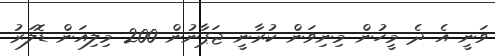
ވަނީ އެ ދެ މީހުން މިނިވަން ކުރާނީ ޖަޕާނުން 200 މިލިއަން ޑޮލަރު